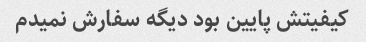
کیفیتش پایین بود دیگه سفارش نمیدم